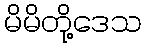
မိမိတို့ဒေသ